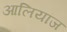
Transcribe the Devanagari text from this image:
आलियांज